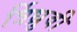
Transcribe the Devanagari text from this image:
र्त्रिध्रुवी